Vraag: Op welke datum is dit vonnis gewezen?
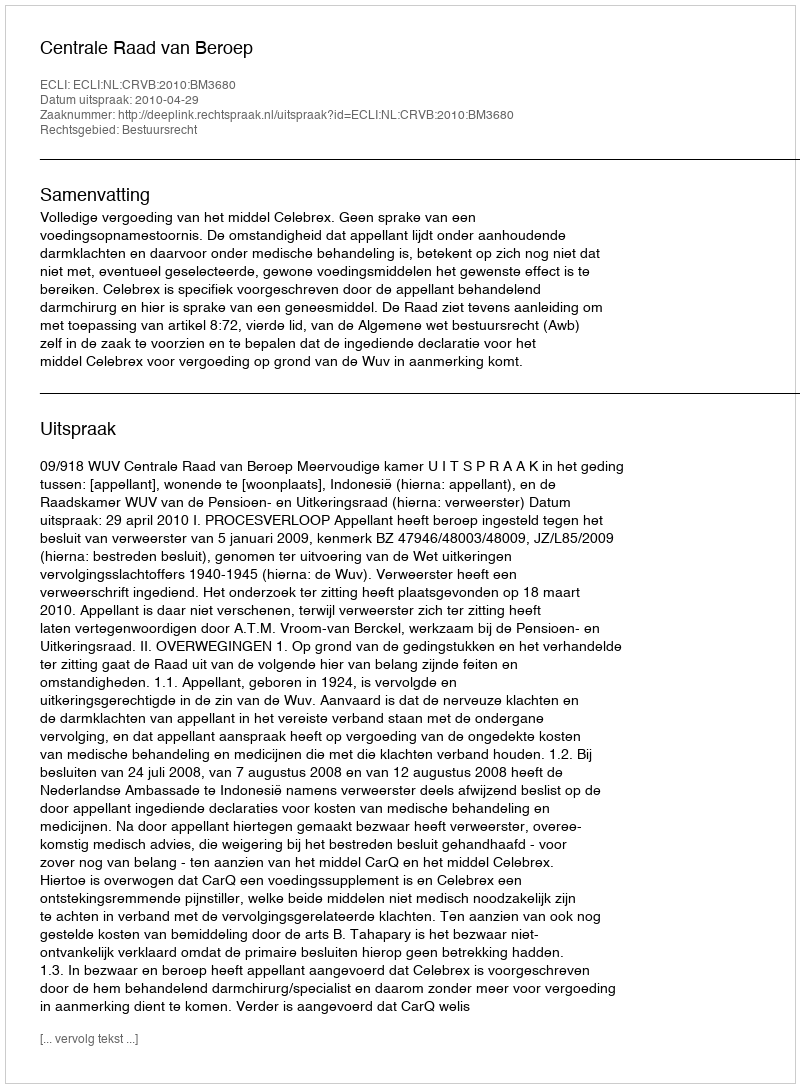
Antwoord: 2010-04-29